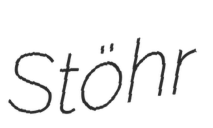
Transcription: Stöhr